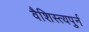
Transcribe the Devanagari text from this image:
वैशिस्त्यपुर्न